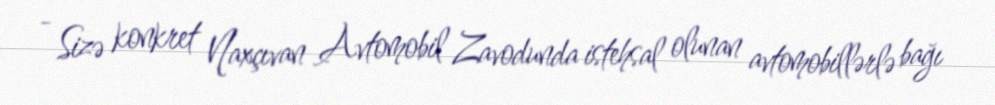
- Sizə konkret Naxçıvan Avtomobil Zavodunda istehsal olunan avtomobillərlə bağı